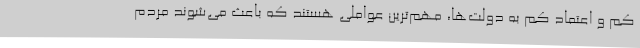
کم و اعتماد کم به دولت‌ها، مهم‌ترین عواملی هستند که باعث می‌شوند مردم